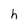
Character: h